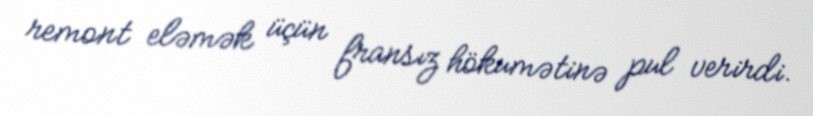
remont eləmək üçün fransız hökumətinə pul verirdi.